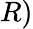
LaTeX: R)